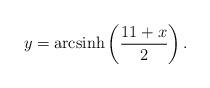
LaTeX: \begin{align*}y=\textrm{arcsinh}\left(\frac{11+x}{2}\right).\end{align*}